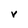
Character: V